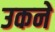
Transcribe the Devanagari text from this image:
उकने